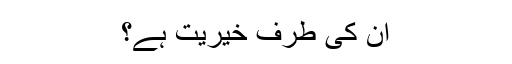
ان کی طرف خیریت ہے؟